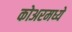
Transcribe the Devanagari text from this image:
कोअरमध्ये